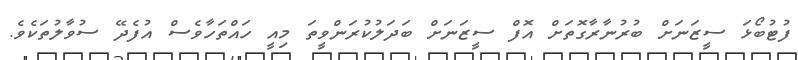
ފުޓުބޯޅަ ސީޒަނަށް ބުރުނާރާގޮތަށް އޮފް ސީޒަނަށް ބަދަލުކުރަންވީތަ މިއީ ހައްތަހާވެސް އުފެދޭ ސުވާލުތަކެވެ.